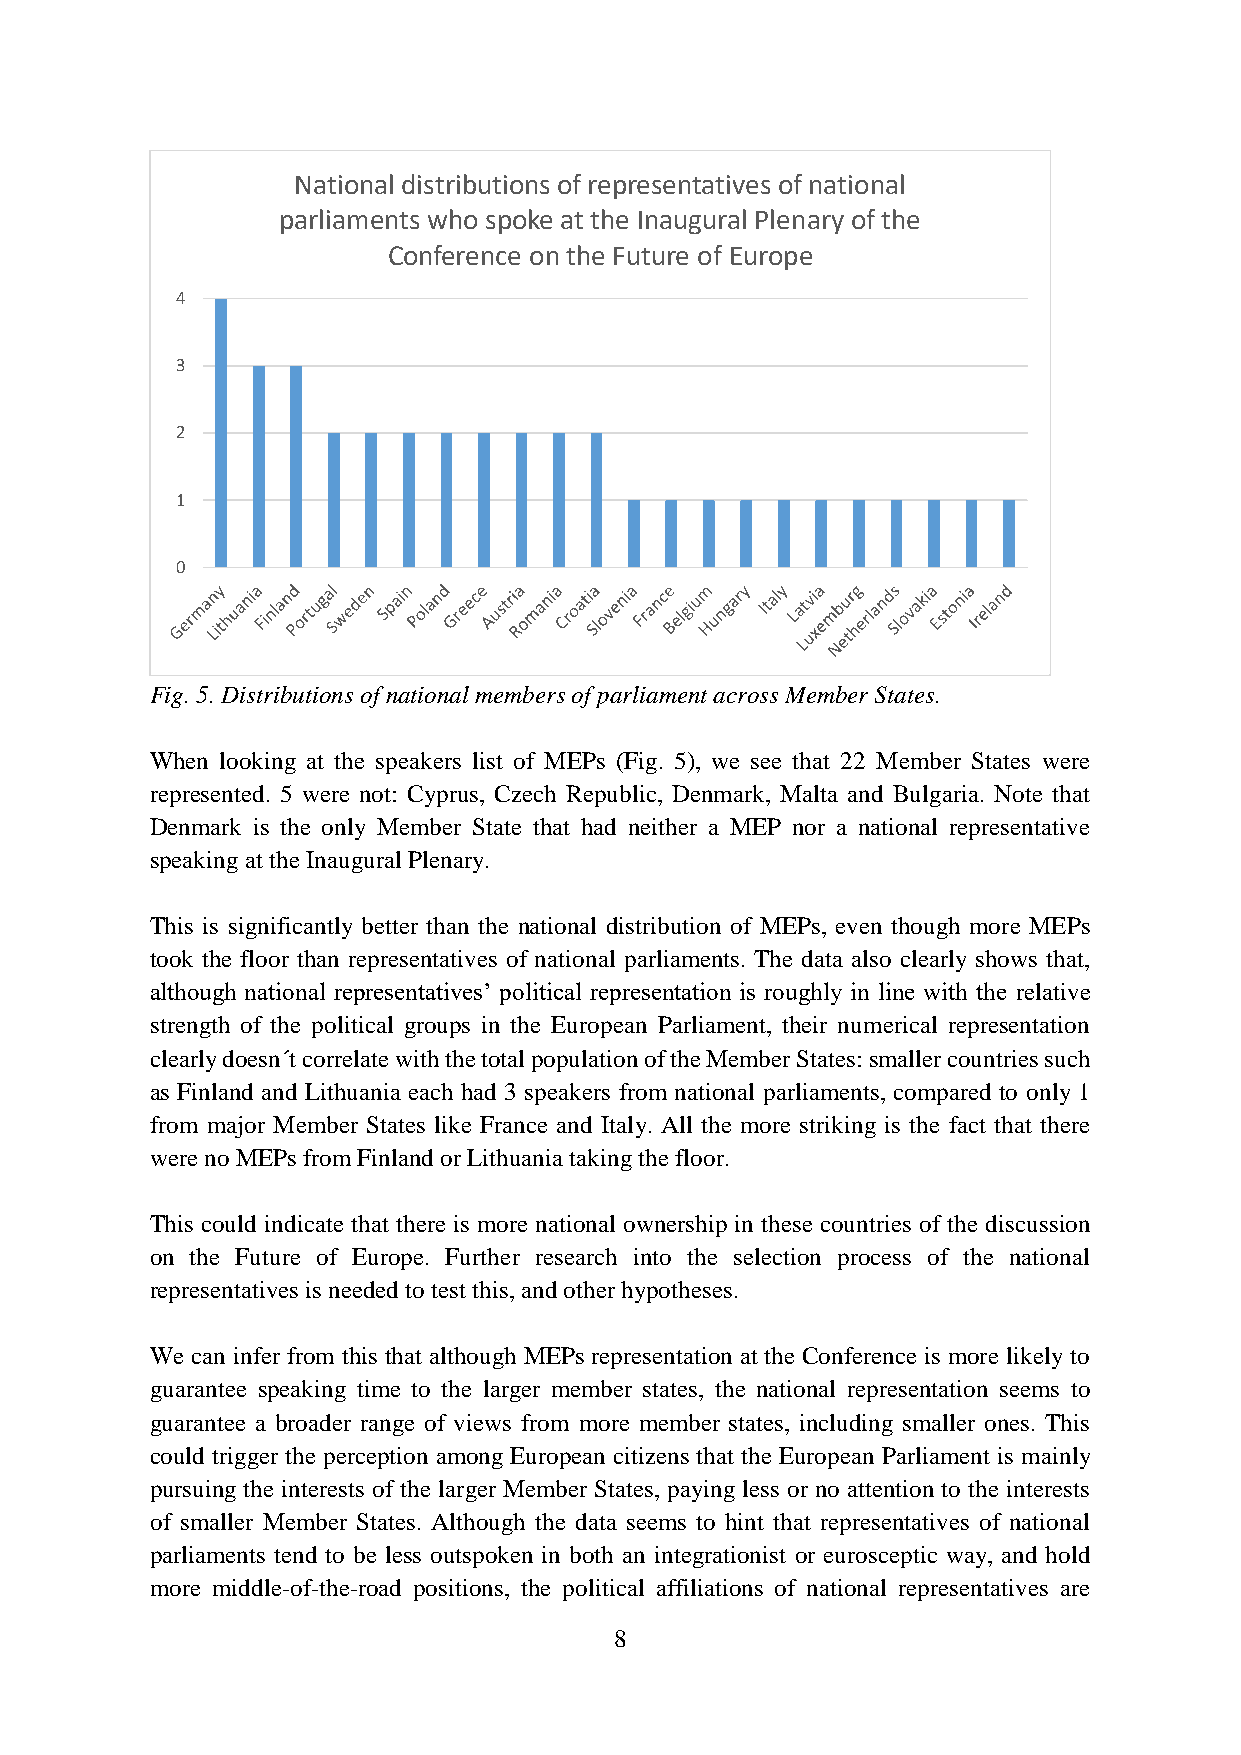
National distributions of representatives of national
 parliaments who spoke at the Inaugural Plenary of the
 Conference on the Future of Europe
 4
 3
 2
 1
 0
 Fig. 5. Distributions of national members of parliament across Member States.
 When looking at the speakers list of MEPs (Fig. 5), we see that 22 Member States were
 represented. 5 were not: Cyprus, Czech Republic, Denmark, Malta and Bulgaria. Note that
 Denmark is the only Member State that had neither a MEP nor a national representative
 speaking at the Inaugural Plenary.
 This is significantly better than the national distribution of MEPs, even though more MEPs
 took the floor than representatives of national parliaments. The data also clearly shows that,
 although national representatives’ political representation is roughly in line with the relative
 strength of the political groups in the European Parliament, their numerical representation
 clearly doesn´t correlate with the total population of the Member States: smaller countries such
 as Finland and Lithuania each had 3 speakers from national parliaments, compared to only 1
 from major Member States like France and Italy. All the more striking is the fact that there
 were no MEPs from Finland or Lithuania taking the floor.
 This could indicate that there is more national ownership in these countries of the discussion
 on the Future of Europe. Further research into the selection process of the national
 representatives is needed to test this, and other hypotheses.
 We can infer from this that although MEPs representation at the Conference is more likely to
 guarantee speaking time to the larger member states, the national representation seems to
 guarantee a broader range of views from more member states, including smaller ones. This
 could trigger the perception among European citizens that the European Parliament is mainly
 pursuing the interests of the larger Member States, paying less or no attention to the interests
 of smaller Member States. Although the data seems to hint that representatives of national
 parliaments tend to be less outspoken in both an integrationist or eurosceptic way, and hold
 more middle-of-the-road positions, the political affiliations of national representatives are
 8